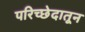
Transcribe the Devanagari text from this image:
परिच्छेदातून